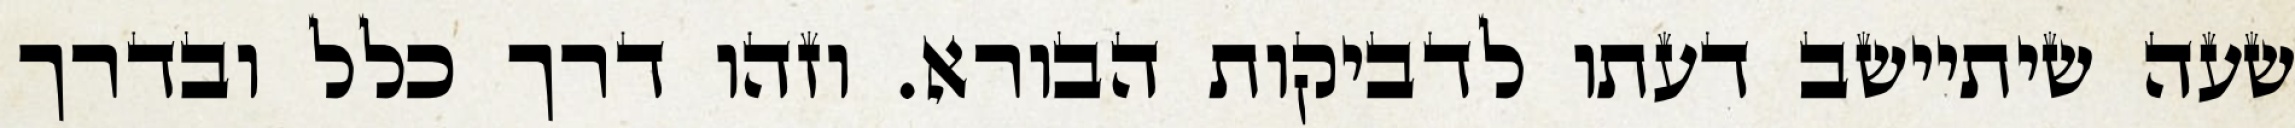
שעה שיתיישב דעתו לדביקות הבורא. וזהו דרך כלל ובדרך